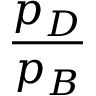
\frac { p _ { D } } { p _ { B } }